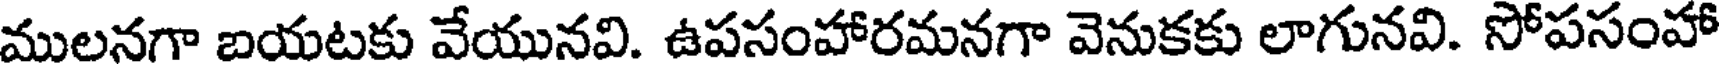
ములనగా బయటకు వేయునవి. ఉపసంహారమనగా వెనుకకు లాగునవి. సోపసంహా